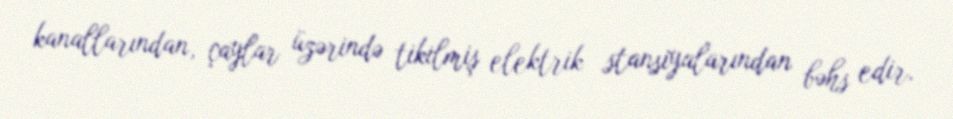
kanallarından, çaylar üzərində tikilmiş elektrik stansiyalarından bəhs edir.